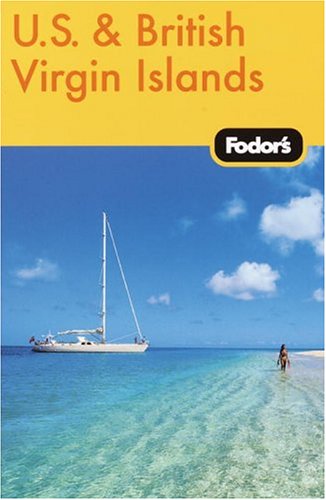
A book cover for Fodor's US and British Virgin Islands, 17th Edition (Fodor's Gold Guides); Fodor's; Travel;